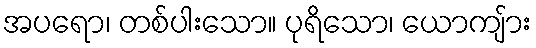
အပရော၊ တစ်ပါးသော။ ပုရိသော၊ ယောကျ်ား